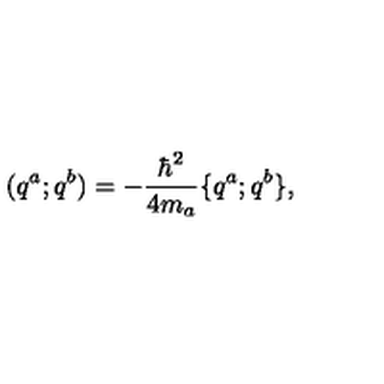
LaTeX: ( q ^ { a } ; q ^ { b } ) = - { \frac { \hbar ^ { 2 } } { 4 m _ { a } } } \{ q ^ { a } ; q ^ { b } \} ,